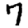
Digit: 7